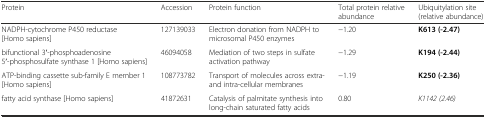
| Protein | Accession | Protein function | Total protein relative abundance | Ubiquitylation site (relative abundance) |
 | --- | --- | --- | --- | --- |
 | NADPH-cytochrome P450 reductase [Homo sapiens] | 127139033 | Electron donation from NADPH to microsomal P450 enzymes | −1.20 | K613 (-2.47) |
 | bifunctional 3′-phosphoadenosine 5′-phosphosulfate synthase 1 [Homo sapiens] | 46094058 | Mediation of two steps in sulfate activation pathway | −1.29 | K194 (-2.44) |
 | ATP-binding cassette sub-family E member 1 [Homo sapiens] | 108773782 | Transport of molecules across extra- and intra-cellular membranes | −1.19 | K250 (-2.36) |
 | fatty acid synthase [Homo sapiens] | 41872631 | Catalysis of palmitate synthesis into long-chain saturated fatty acids | 0.80 | K1142 (2.46) |